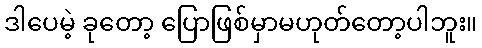
ဒါပေမဲ့ ခုတော့ ပြောဖြစ်မှာမဟုတ်တော့ပါဘူး။